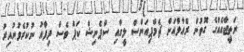
ނަތީޖާއެއްގެ ގޮތުން ރެއާލްއަށް ޗެމްޕިއަންސް ލީގާއި ސްޕެނިޝް ކަޕް ވެސް ދިފާއު ނުކުރެވުނުއިރު